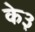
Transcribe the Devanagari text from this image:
के३